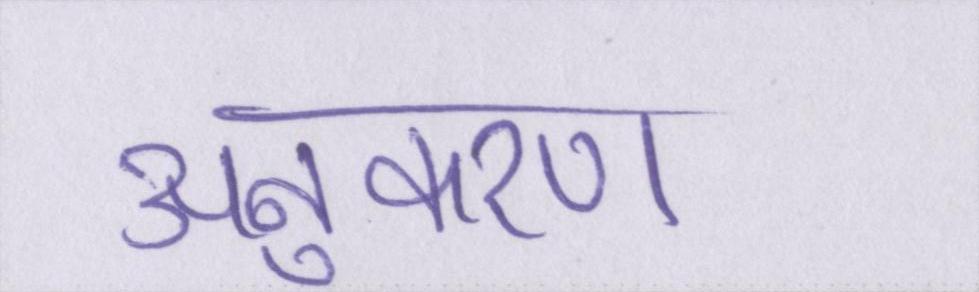
अनुकरण